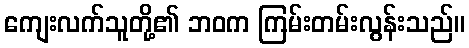
ကျေးလက်သူတို့၏ ဘဝက ကြမ်းတမ်းလွန်းသည်။